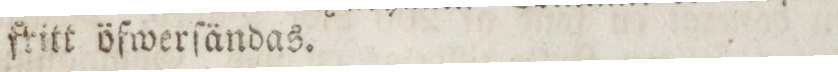
ſtitt öfwerſändas.